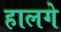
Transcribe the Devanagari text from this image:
हालगे